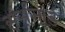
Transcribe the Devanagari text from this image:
सर्सगार्ड